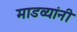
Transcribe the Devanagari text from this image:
माडव्यांनी